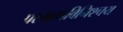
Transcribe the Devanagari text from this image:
परमत्थविनिश्चय